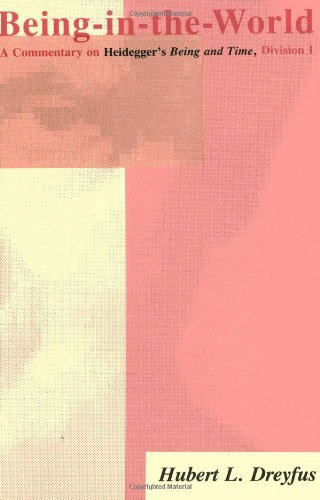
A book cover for Being-in-the-World: A Commentary on Heidegger's Being and Time, Division I; Hubert L. Dreyfus; Politics & Social Sciences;